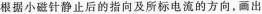
根据小磁针静止后的指向及所标电流的方向，画出